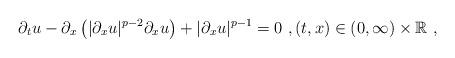
LaTeX: \begin{align*}\partial_t u - \partial_x \left( |\partial_x u|^{p-2} \partial_x u \right) + |\partial_x u|^{p-1} = 0 \ , (t,x)\in (0,\infty)\times \mathbb{R}\ , \end{align*}